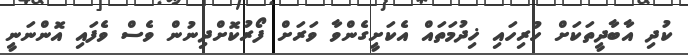
ކުދި އާބާދީތަކަށް ހުރިހައި ޚިދުމަތައް އެކަށީގެންވާ ވަރަށް ފޯރުކޮށްދިނުން ވެސް ވެފައި އޮންނަނީ